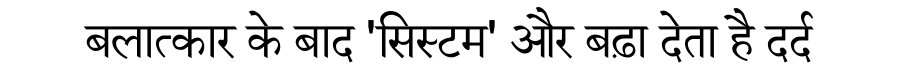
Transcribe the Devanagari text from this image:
बलात्कार के बाद 'सिस्टम' और बढ़ा देता है दर्द